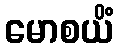
မောစယိံ